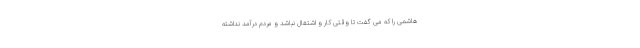
هاشمی را که می گفت تا وقتی کار و اشتغال نباشد و مردم درآمد نداشته